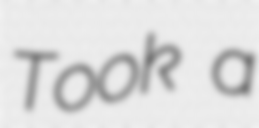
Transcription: Took a